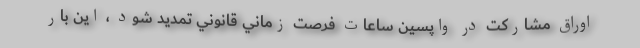
اوراق مشاركت در واپسين ساعات فرصت زماني قانوني تمديد شود ،‌ اين بار